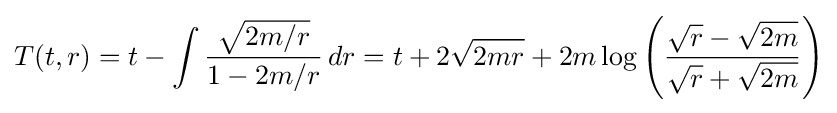
T(t,r)=t-\int {\frac {\sqrt {2m/r}}{1-2m/r}}\,dr=t+2{\sqrt {2mr}}+2m\log \left({\frac {{\sqrt {r}}-{\sqrt {2m}}}{{\sqrt {r}}+{\sqrt {2m}}}}\right)